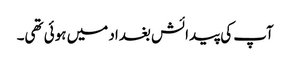
آپ کی پیدائش بغداد میں ہوئی تھی۔